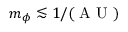
m _ { \phi } \lesssim 1 / ( \mathrm { ~ A ~ U ~ } )